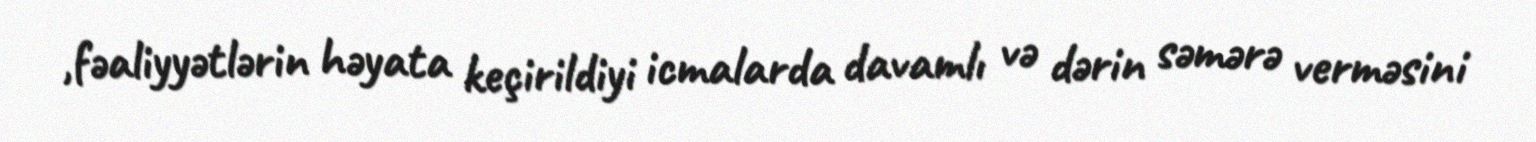
,fəaliyyətlərin həyata keçirildiyi icmalarda davamlı və dərin səmərə verməsini